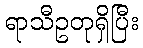
ရာသီဥတုရှိပြီး